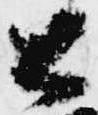
公